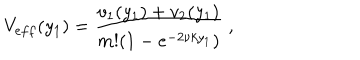
V _ { e f f } ( y _ { 1 } ) = \frac { v _ { 1 } ( y _ { 1 } ) + v _ { 2 } ( y _ { 1 } ) } { m ! ( 1 - e ^ { - 2 \nu k y _ { 1 } } ) } \; ,